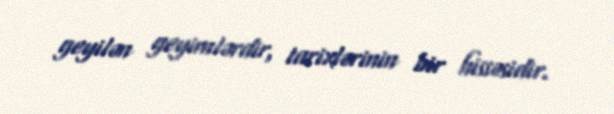
geyilən geyimlərdir, tarixlərinin bir hissəsidir.